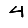
Digit: 4